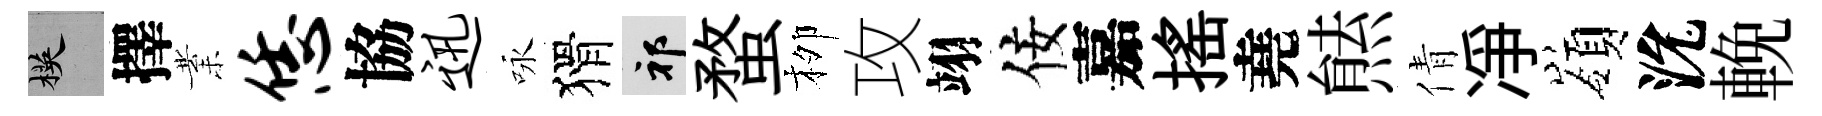
楧擇業恁協迅咏猾祁蝥栁攻翊佞嘉揺堯㷱倩凈嶺沇輓